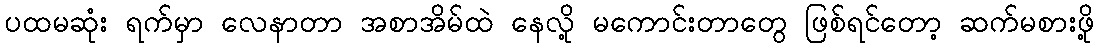
ပထမဆုံး ရက်မှာ လေနာတာ အစာအိမ်ထဲ နေလို့ မကောင်းတာတွေ ဖြစ်ရင်တော့ ဆက်မစားဖို့